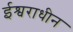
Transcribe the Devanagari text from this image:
ईश्वराधीन